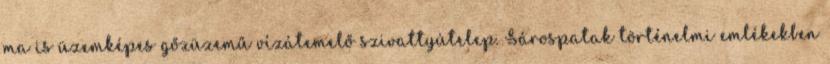
ma is üzemképes gőzüzemű vízátemelő szivattyútelep. Sárospatak történelmi emlékekben